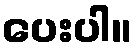
ပေးပါ။